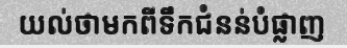
យល់ថាមកពីទឹកជំនន់បំផ្លាញ